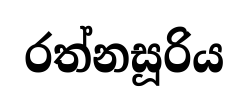
රත්නසූරිය